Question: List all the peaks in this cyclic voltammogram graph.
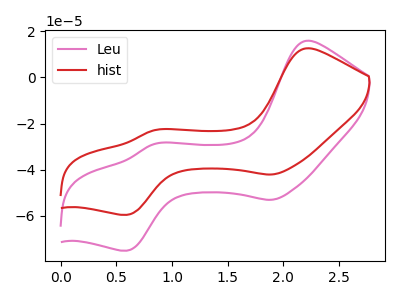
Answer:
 <answer>The pink curve "Leu" has anodic peaks at (2.20V, 15.80uA) (0.85V, -28.85uA) and cathodic peaks at (1.90V, -53.00uA) (0.60V, -75.00uA). The red curve "hist" has anodic peaks at (2.20V, 12.55uA) (0.85V, -22.85uA) and cathodic peaks at (1.90V, -42.05uA) (0.60V, -59.50uA).</answer>
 <eval></eval>